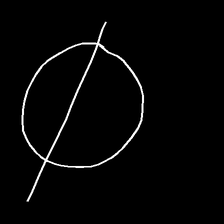
Glyph: orb